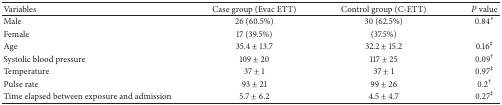
| Variables | Case group (Evac ETT) | Control group (C-ETT) | P value |
 | --- | --- | --- | --- |
 | Male | 26 (60.5%) | 30 (62.5%) | 0.84∗ |
 | Female | 17 (39.5%) | (37.5%) |  |
 | Age | 35.4 ± 13.7 | 32.2 ± 15.2 | 0.16‡ |
 | Systolic blood pressure | 109 ± 20 | 117 ± 25 | 0.09† |
 | Temperature | 37 ± 1 | 37 ± 1 | 0.97‡ |
 | Pulse rate | 93 ± 21 | 99 ± 26 | 0.2† |
 | Time elapsed between exposure and admission | 5.7 ± 6.2 | 4.5 ± 4.7 | 0.27‡ |